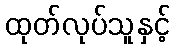
ထုတ်လုပ်သူနှင့်